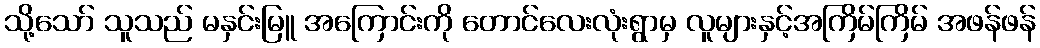
သို့သော် သူသည် မနှင်းမြူ အကြောင်းကို တောင်လေးလုံးရွာမှ လူများနှင့်အကြိမ်ကြိမ် အဖန်ဖန်